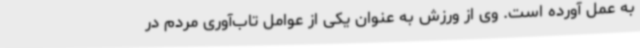
به عمل آورده است. وی از ورزش به عنوان یکی از عوامل تاب‌آوری مردم در